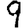
Digit: 9